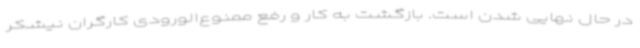
در حال نهایی شدن است. بازگشت به کار و رفع ممنوع‌الورودی کارگران نیشکر